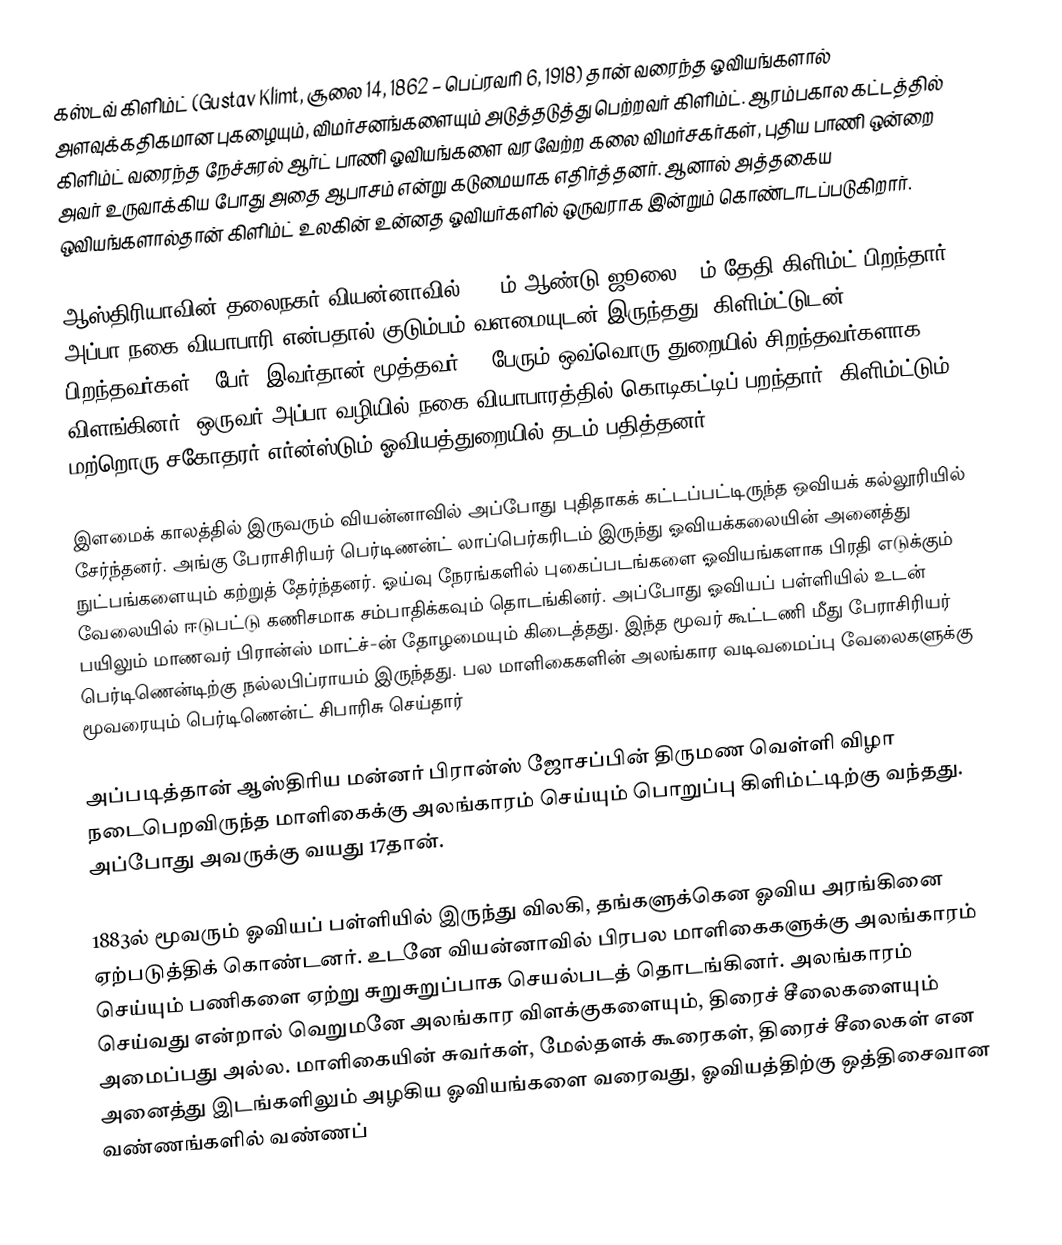
கஸ்டவ் கிளிம்ட் (Gustav Klimt, சூலை 14, 1862 – பெப்ரவரி 6, 1918) தான் வரைந்த ஓவியங்களால் அளவுக்கதிகமான புகழையும், விமர்சனங்களையும் அடுத்தடுத்து பெற்றவர் கிளிம்ட். ஆரம்பகால கட்டத்தில் கிளிம்ட் வரைந்த நேச்சுரல் ஆர்ட் பாணி ஓவியங்களை வரவேற்ற கலை விமர்சகர்கள், புதிய பாணி ஒன்றை அவர் உருவாக்கிய போது அதை ஆபாசம் என்று கடுமையாக எதிர்த்தனர். ஆனால் அத்தகைய ஒவியங்களால்தான் கிளிம்ட் உலகின் உன்னத ஓவியர்களில் ஒருவராக இன்றும் கொண்டாடப்படுகிறார்.

ஆஸ்திரியாவின் தலைநகர் வியன்னாவில் 1862ம் ஆண்டு ஜூலை 14ம் தேதி கிளிம்ட் பிறந்தார். அப்பா நகை வியாபாரி என்பதால் குடும்பம் வளமையுடன் இருந்தது. கிளிம்ட்டுடன் பிறந்தவர்கள் 6 பேர். இவர்தான் மூத்தவர். 7 பேரும் ஒவ்வொரு துறையில் சிறந்தவர்களாக விளங்கினர். ஒருவர் அப்பா வழியில் நகை வியாபாரத்தில் கொடிகட்டிப் பறந்தார். கிளிம்ட்டும், மற்றொரு சகோதரர் எர்ன்ஸ்டும் ஓவியத்துறையில் தடம் பதித்தனர்.

இளமைக் காலத்தில் இருவரும் வியன்னாவில் அப்போது புதிதாகக் கட்டப்பட்டிருந்த ஒவியக் கல்லூரியில் சேர்ந்தனர். அங்கு பேராசிரியர் பெர்டிணன்ட் லாப்பெர்கரிடம் இருந்து ஓவியக்கலையின் அனைத்து நுட்பங்களையும் கற்றுத் தேர்ந்தனர். ஓய்வு நேரங்களில் புகைப்படங்களை ஓவியங்களாக பிரதி எடுக்கும் வேலையில் ஈடுபட்டு கணிசமாக சம்பாதிக்கவும் தொடங்கினர். அப்போது ஓவியப் பள்ளியில் உடன் பயிலும் மாணவர் பிரான்ஸ் மாட்ச்-ன் தோழமையும் கிடைத்தது. இந்த மூவர் கூட்டணி மீது பேராசிரியர் பெர்டிணென்டிற்கு நல்லபிப்ராயம் இருந்தது. பல மாளிகைகளின் அலங்கார வடிவமைப்பு வேலைகளுக்கு மூவரையும் பெர்டிணென்ட் சிபாரிசு செய்தார்

அப்படித்தான் ஆஸ்திரிய மன்னர் பிரான்ஸ் ஜோசப்பின் திருமண வெள்ளி விழா நடைபெறவிருந்த மாளிகைக்கு அலங்காரம் செய்யும் பொறுப்பு கிளிம்ட்டிற்கு வந்தது. அப்போது அவருக்கு வயது 17தான்.

1883ல் மூவரும் ஓவியப் பள்ளியில் இருந்து விலகி, தங்களுக்கென ஓவிய அரங்கினை ஏற்படுத்திக் கொண்டனர். உடனே வியன்னாவில் பிரபல மாளிகைகளுக்கு அலங்காரம் செய்யும் பணிகளை ஏற்று சுறுசுறுப்பாக செயல்படத் தொடங்கினர். அலங்காரம் செய்வது என்றால் வெறுமனே அலங்கார விளக்குகளையும், திரைச் சீலைகளையும் அமைப்பது அல்ல. மாளிகையின் சுவர்கள், மேல்தளக் கூரைகள், திரைச் சீலைகள் என அனைத்து இடங்களிலும் அழகிய ஓவியங்களை வரைவது, ஓவியத்திற்கு ஒத்திசைவான வண்ணங்களில் வண்ணப்